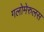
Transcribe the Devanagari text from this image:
गलोमेरुलस